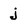
Character: j